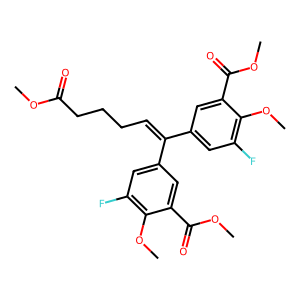
SMILES: COC(=O)CCCC=C(c1cc(F)c(OC)c(C(=O)OC)c1)c1cc(F)c(OC)c(C(=O)OC)c1
Inhibits HIV replication: Yes